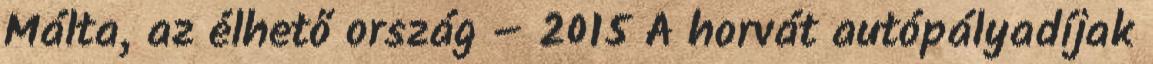
Málta, az élhető ország – 2015 A horvát autópályadíjak